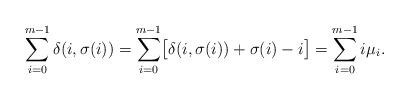
LaTeX: \begin{align*}\sum_{i=0}^{m-1}\delta(i,\sigma(i))=\sum_{i=0}^{m-1}\bigl[\delta(i,\sigma(i))+\sigma(i)-i\bigr]=\sum_{i=0}^{m-1}i\mu_i.\end{align*}